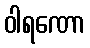
ဝါရဏော